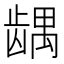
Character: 𱌹